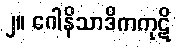
၂။ ဂေါနိသာဒိကကုဋိ